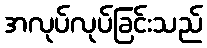
အလုပ်လုပ်ခြင်းသည်